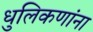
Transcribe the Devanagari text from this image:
धुलिकणांना